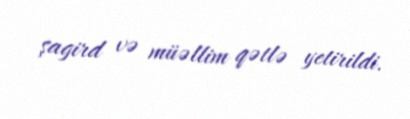
şagird və müəllim qətlə yetirildi.